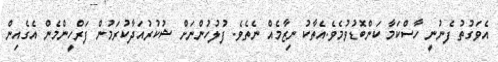
އެވަގުތު ފެނުނީ ހާސްކަމާ ކަންބޮޑުވުމެވެ.އެތާކު ނިޒާމެއް ނެތެވެ. ފުލުހުންނަށް ޝުކުރުއަދާކުރަމުން ފަރްހީންމެން އެގެއިން